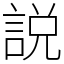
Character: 説